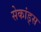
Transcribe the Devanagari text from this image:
सेकांड्स